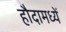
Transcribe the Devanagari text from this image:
हौदामध्यें